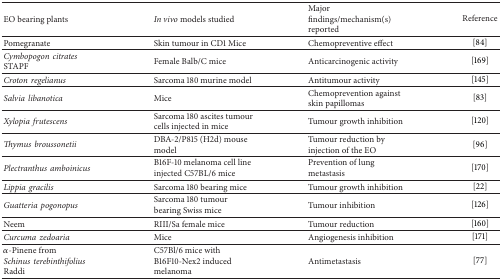
<table><thead><tr><td><b>EO bearing plants</b></td><td><b><i>In vivo</i> models studied</b></td><td><b>Major findings/mechanism(s) reported</b></td><td><b>Reference</b></td></tr></thead><tbody><tr><td>Pomegranate</td><td>Skin tumour in CD1 Mice</td><td>Chemopreventive effect</td><td>[84]</td></tr><tr><td><i>Cymbopogoncitrates</i> STAPF</td><td>Female Balb/C mice</td><td>Anticarcinogenic activity</td><td>[169]</td></tr><tr><td><i>Crotonregelianus </i></td><td>Sarcoma 180 murine model</td><td>Antitumour activity</td><td>[145]</td></tr><tr><td><i>Salvialibanotica </i></td><td>Mice</td><td>Chemoprevention against skin papillomas</td><td>[83]</td></tr><tr><td><i>Xylopiafrutescens </i></td><td>Sarcoma 180 ascites tumour cells injected in mice</td><td>Tumour growth inhibition</td><td>[120]</td></tr><tr><td><i>Thymusbroussonetii </i></td><td>DBA-2/P815 (H2d) mouse model</td><td>Tumour reduction by injection of the EO</td><td>[96]</td></tr><tr><td><i>Plectranthusamboinicus </i></td><td>B16F-10 melanoma cell line injected C57BL/6 mice</td><td>Prevention of lung metastasis</td><td>[170]</td></tr><tr><td><i>Lippiagracilis </i></td><td>Sarcoma 180 bearing mice</td><td>Tumour growth inhibition</td><td>[22]</td></tr><tr><td><i>Guatteriapogonopus </i></td><td>Sarcoma 180 tumour bearing Swiss mice</td><td>Tumour inhibition</td><td>[126]</td></tr><tr><td>Neem</td><td>RIII/Sa female mice</td><td>Tumour reduction</td><td>[160]</td></tr><tr><td><i>Curcumazedoaria </i></td><td>Mice</td><td>Angiogenesis inhibition</td><td>[171]</td></tr><tr><td><i>α</i>-Pinene from <i>Schinusterebinthifolius</i> Raddi</td><td>C57Bl/6 mice with B16F10-Nex2 induced melanoma</td><td>Antimetastasis</td><td>[77]</td></tr></tbody></table>